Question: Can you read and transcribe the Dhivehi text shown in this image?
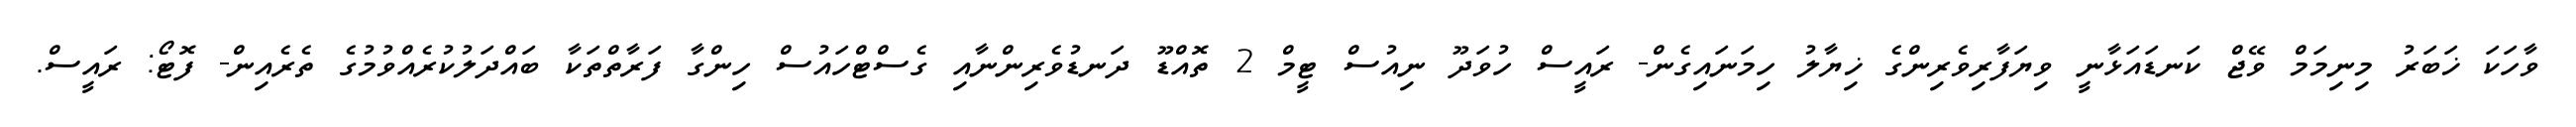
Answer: ވާހަކަ ޚަބަރު މިނިމަމް ވޭޖް ކަނޑައަޅާނީ ވިޔަފާރިވެރިންގެ ޚިޔާލު ހިމަނައިގެން- ރައީސް ހުވަދޫ ނިއުސް ޓީމް 2 ތޮއްޑޫ ދަނޑުވެރިންނާއި ގެސްޓްހައުސް ހިންގާ ފަރާތްތަކާ ބައްދަލުކުރެއްވުމުގެ ތެރެއިން- ފޮޓޯ: ރައީސް.